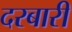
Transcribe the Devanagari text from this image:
दरबारीं